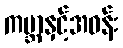
ကမ္ဘာနှင့်အဝန်း